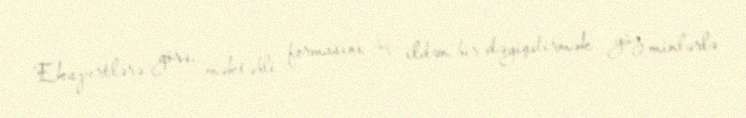
Ekspertlərə görə, məktəbli formasını üç ildən bir dəyişdirmək yüz minlərlə